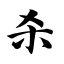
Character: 杀